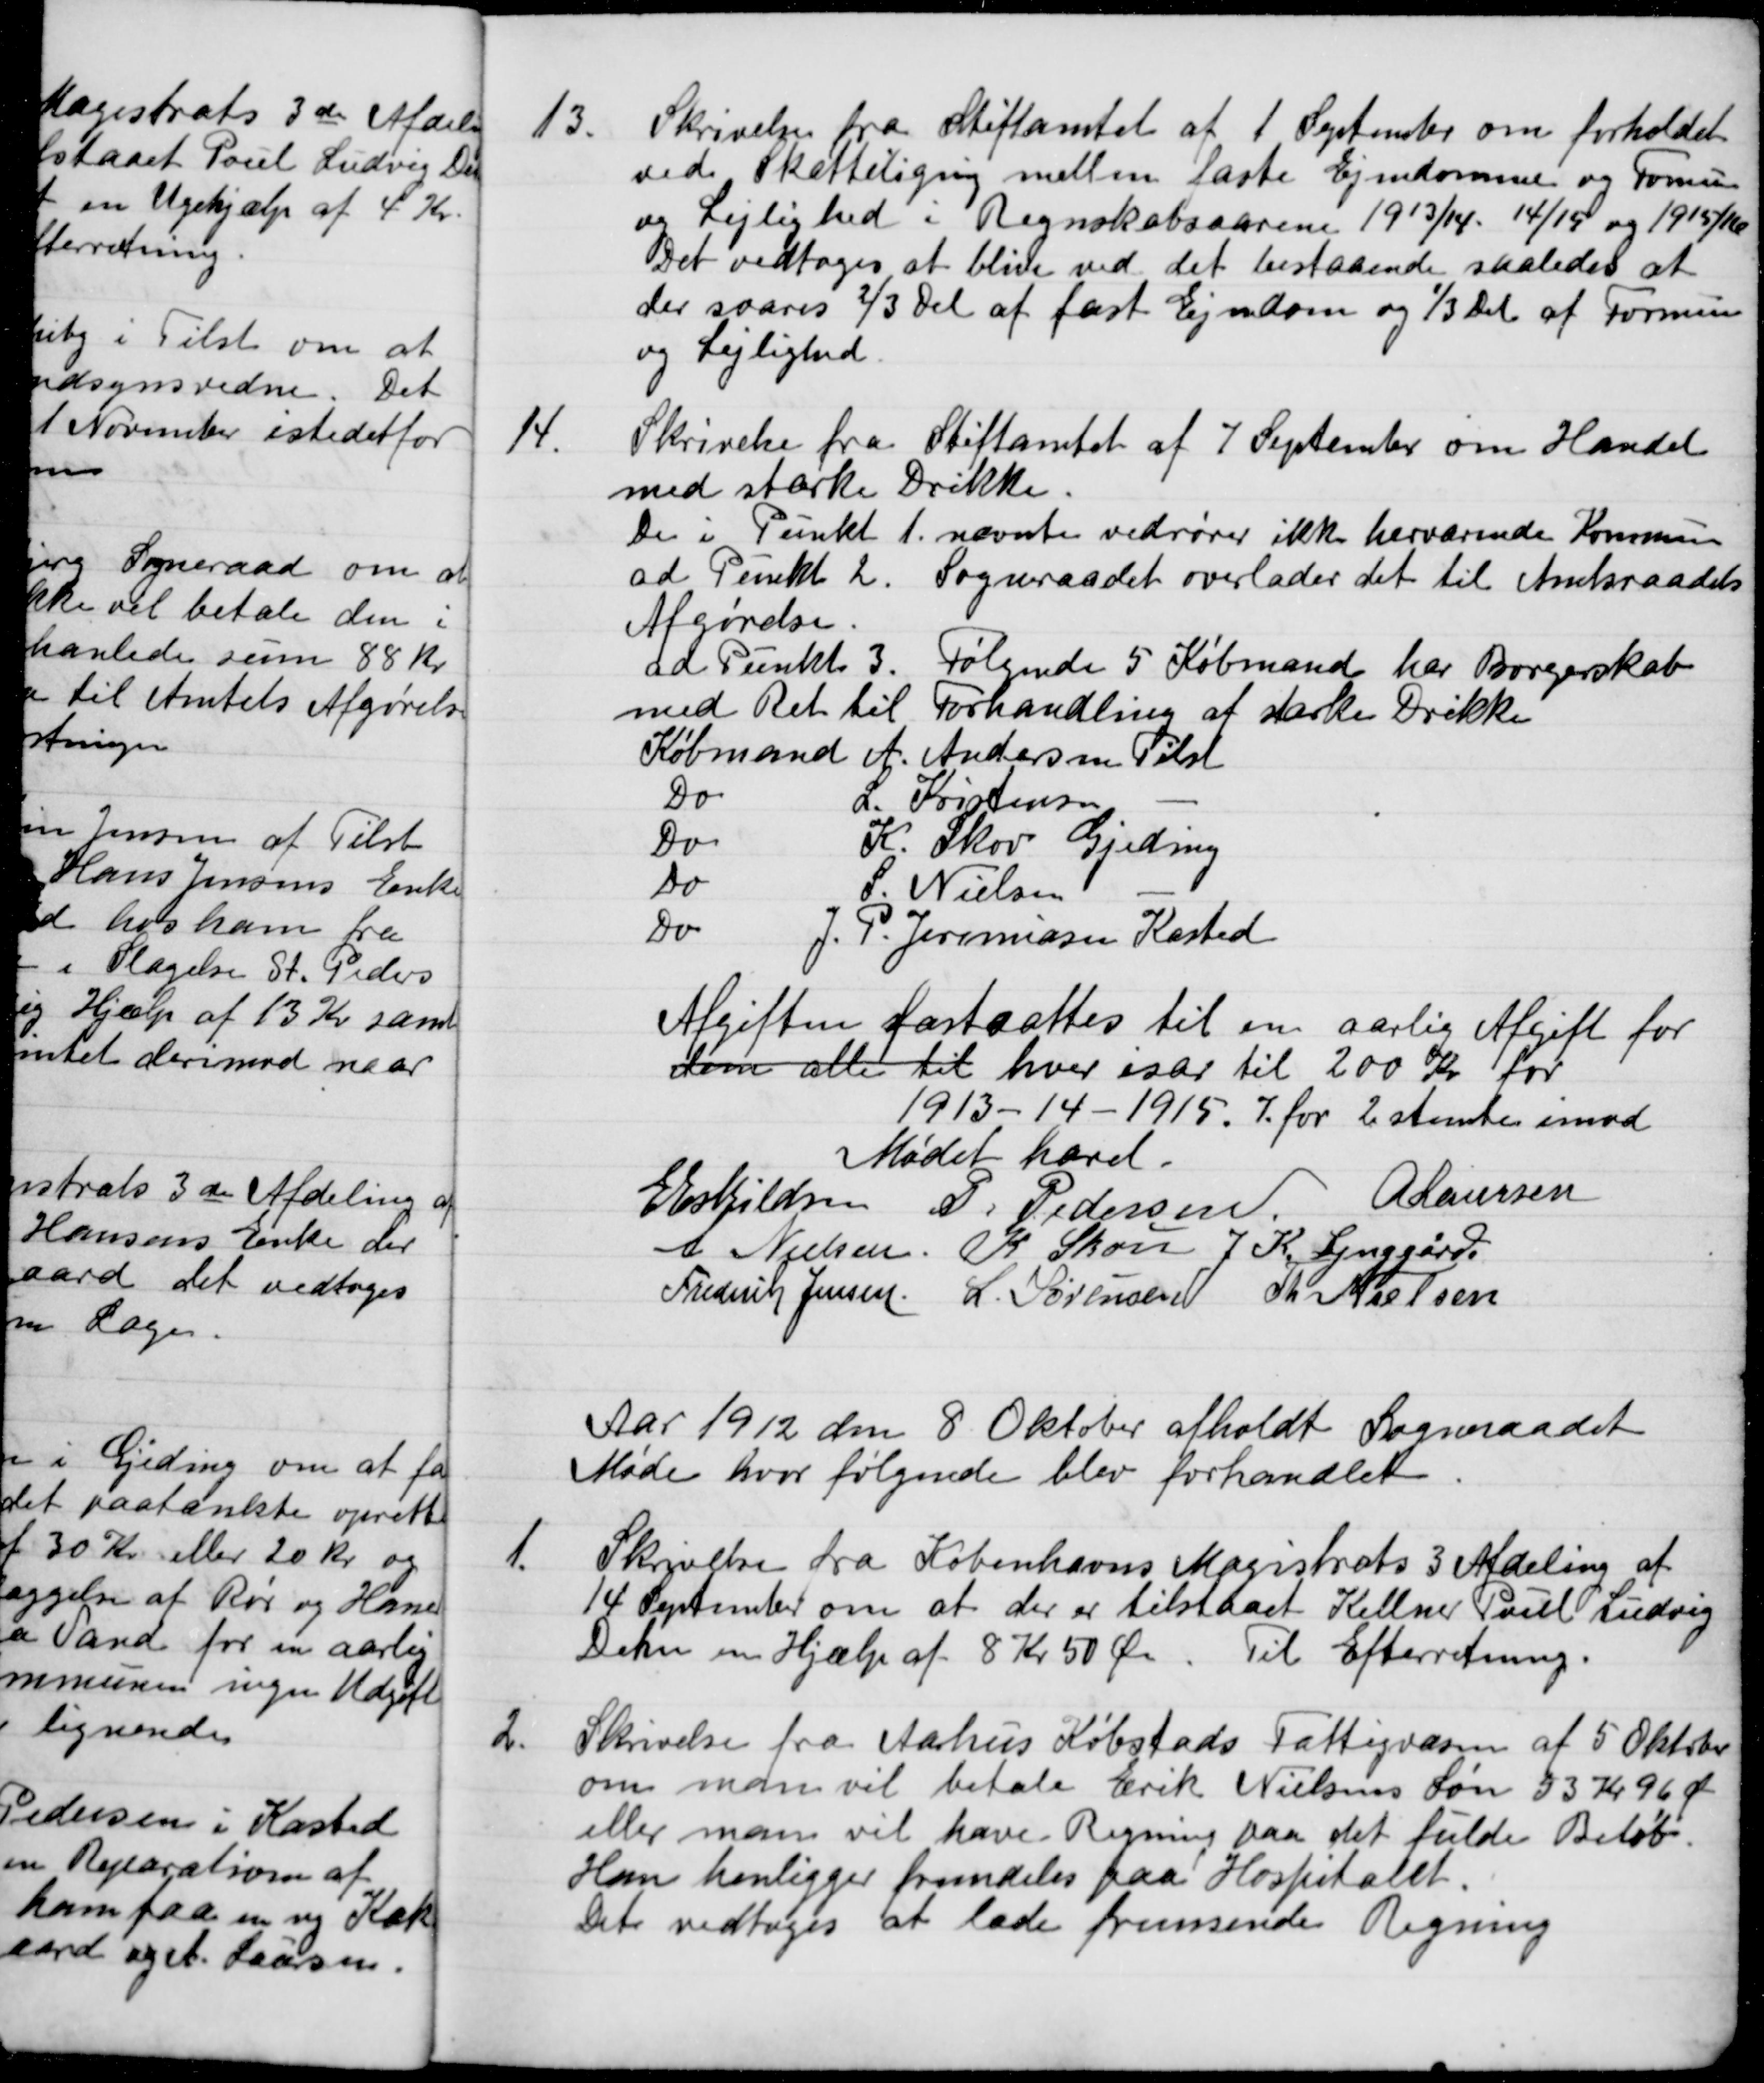
Transskription:
13.
Skrivelse fra Stiftamtet af 1 September om forholdet
vede Skatteligning mellem faste Ejendomme og Formue
og Lejlighed i Regnskabsaarene 1913/14. 14/15 og 1915/16
Det vedtoges at blive ved det bestaaende saaledes at
der svares 2/3 Del af fast Ejendom og 1/3 Del af Formue
og Lejlighed
14.
Skrivelse fra Stiftamtet af 7 September om Handel
med stærke Drikke.
De i Punkt 1. nævnte vedrører ikke herværende Kommune
ad Punkt 2. Sogneraadet overlader det til Amtsraadets
Afgørelse
ad Punkt 3. Følgende 5 Købmand har Borgerskab
med Ret til Forhandling af stærke Drikke
Købmand
A. Andersen Tilst
Do
L. Kristensen
Do
K. Skov Gjeding
Do
S. Nielsen
Do
J. P. Jermiasen Kasted
Afgiften fastsattes til en aarlig Afgift for
dem alle til hver især til 200 Kr for
1913-14-1915. 7. for 2 stemte imod
Mødet hævet.
E Eskildsen
P. Pedersen
A Laursen
A. Nielsen
K. Skou
J. K. Lynggård
Frederik Jensen
L. Sørensen
Th Nielsen
Aar 1912 den 8 Oktober afholdt Sogneraadet
Møde hvor følgende blev forhandlet
1.
Skrivelse fra Københavns Magistrats 3 Afdeling af
14 September om at der er tilstaaet Kellner Poul Ludvig
Dehn en Hjælp af 8 Kr 50 Øre. Til Efterretning.
2.
Skrivelse fra Aarhus Købstads Fattigvæsen af 5 Oktober
om man vil betale Erik Nielsens Søn 33 Kr. 96 Øre
eller man vil have Regning paa det fulde Beløb.
Han henligger fremdeles paa Hospitalet.
Det vedtoges at lade fremsende Regning